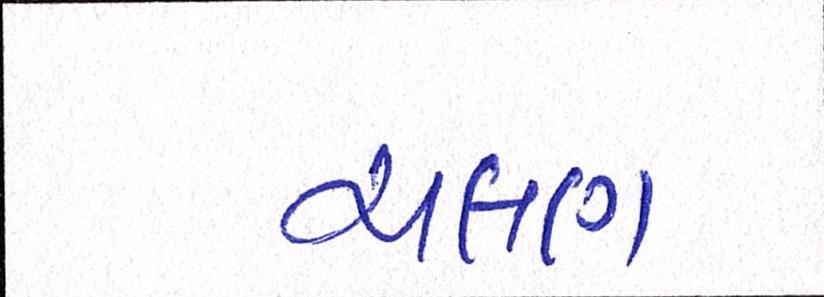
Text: ચલણ